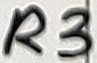
Text: R3